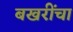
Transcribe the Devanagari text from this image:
बखरींचा